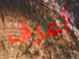
أعرف